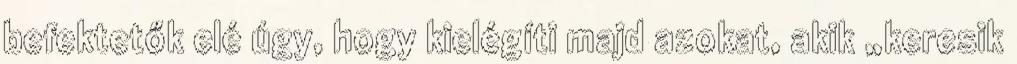
befektetők elé úgy, hogy kielégíti majd azokat, akik „keresik